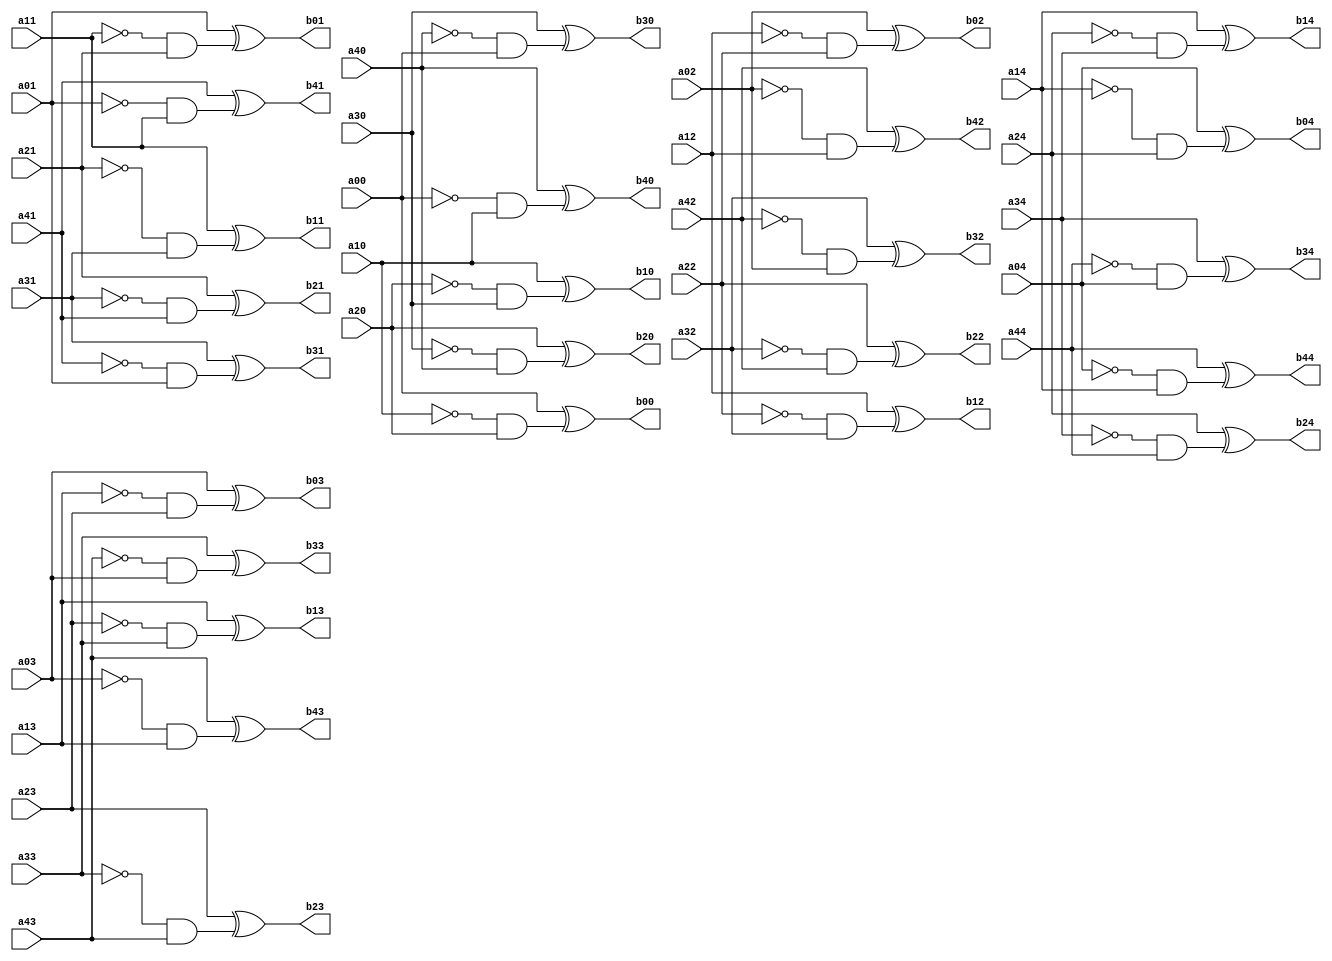
`timescale 1ns / 1ps
//////////////////////////////////////////////////////////////////////////////////
// Company: 
// Engineer: 
// 
// Design Name: 
// Module Name: Xita
// Project Name: 
// Target Devices: 
// Tool Versions: 
// Description: 
// 
// Dependencies: 
// 
// Revision:
// Revision 0.01 - File Created
// Additional Comments:
// 
//////////////////////////////////////////////////////////////////////////////////


module Xita(a00,a01,a02,a03,a04,a10,a11,a12,a13,a14,a20,a21,a22,a23,a24,a30,a31,a32,a33,a34,a40,a41,a42,a43,a44,
b00,b01,b02,b03,b04,b10,b11,b12,b13,b14,b20,b21,b22,b23,b24,b30,b31,b32,b33,b34,b40,b41,b42,b43,b44

    );
    
input [63:0]a00,a01,a02,a03,a04;
input [63:0]a10,a11,a12,a13,a14;
input [63:0]a20,a21,a22,a23,a24;
input [63:0]a30,a31,a32,a33,a34;
input [63:0]a40,a41,a42,a43,a44;
    
output [63:0]b00,b01,b02,b03,b04;
output [63:0]b10,b11,b12,b13,b14;
output [63:0]b20,b21,b22,b23,b24;
output [63:0]b30,b31,b32,b33,b34;
output [63:0]b40,b41,b42,b43,b44;

assign b00 = a00^((~(a10))&a20),b10 = a10^((~(a20))&a30),b20 = a20^((~(a30))&a40),b30 = a30^((~(a40))&a00),b40 = a40^((~(a00))&a10);
assign b01 = a01^((~(a11))&a21),b11 = a11^((~(a21))&a31),b21 = a21^((~(a31))&a41),b31 = a31^((~(a41))&a01),b41 = a41^((~(a01))&a11);
assign b02 = a02^((~(a12))&a22),b12 = a12^((~(a22))&a32),b22 = a22^((~(a32))&a42),b32 = a32^((~(a42))&a02),b42 = a42^((~(a02))&a12);
assign b03 = a03^((~(a13))&a23),b13 = a13^((~(a23))&a33),b23 = a23^((~(a33))&a43),b33 = a33^((~(a43))&a03),b43 = a43^((~(a03))&a13);
assign b04 = a04^((~(a14))&a24),b14 = a14^((~(a24))&a34),b24 = a24^((~(a34))&a44),b34 = a34^((~(a44))&a04),b44 = a44^((~(a04))&a14);
endmodule